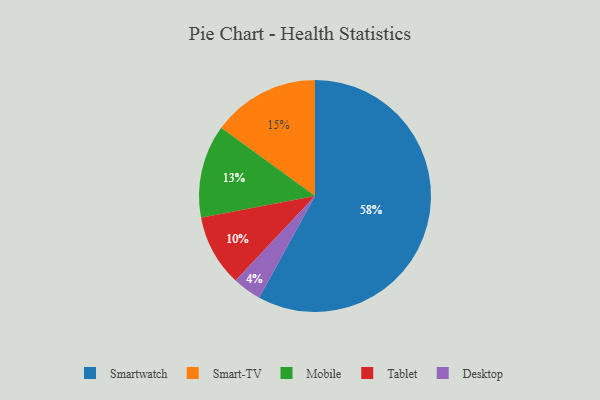
{"axis": {"x": "Category", "y": "Percentage"}, "legend": ["Desktop", "Mobile", "Smart-TV", "Smartwatch", "Tablet"], "data": [{"x": "Smartwatch", "y": 58, "type": "Smartwatch"}, {"x": "Smart-TV", "y": 15, "type": "Smart-TV"}, {"x": "Tablet", "y": 10, "type": "Tablet"}, {"x": "Mobile", "y": 13, "type": "Mobile"}, {"x": "Desktop", "y": 4, "type": "Desktop"}]}